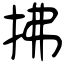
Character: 拂